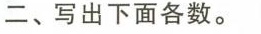
二、写出下面各数。